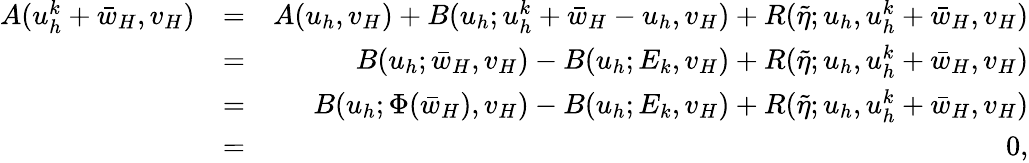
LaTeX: \begin{array}{rlr}{A(u_{h}^{k}+\bar{w}_{H},v_{H})}&{=}&{A(u_{h},v_{H})+B(u_{h};u_{h}^{k}+\bar{w}_{H}-u_{h},v_{H})+R(\tilde{\eta};u_{h},u_{h}^{k}+\bar{w}_{H},v_{H})}\\ &{=}&{B(u_{h};\bar{w}_{H},v_{H})-B(u_{h};E_{k},v_{H})+R(\tilde{\eta};u_{h},u_{h}^{k}+\bar{w}_{H},v_{H})}\\ &{=}&{B(u_{h};\Phi(\bar{w}_{H}),v_{H})-B(u_{h};E_{k},v_{H})+R(\tilde{\eta};u_{h},u_{h}^{k}+\bar{w}_{H},v_{H})}\\ &{=}&{0,}\end{array}